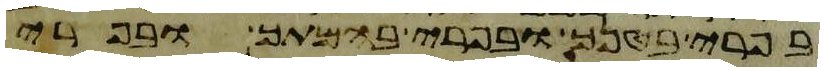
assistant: בפרי בטנך ובפרי בהמתך ובפרי